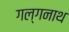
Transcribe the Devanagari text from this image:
गल्गनाथ